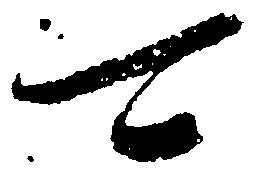
可